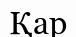
Қар